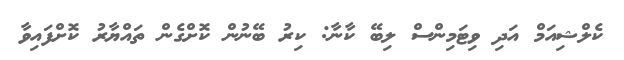
ކެލްޝިއަމް އަދި ވިޓަމިންސް ލިބޭ ކާނާ: ކިރު ބޭނުން ކޮށްގެން ތައްޔާރު ކޮށްފައިވާ